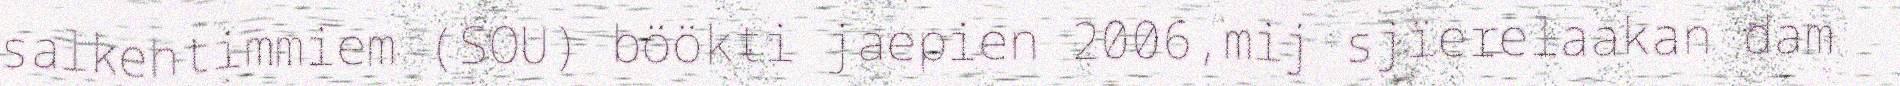
salkehtimmiem (SOU) böökti jaepien 2006,mij sjïerelaakan dam